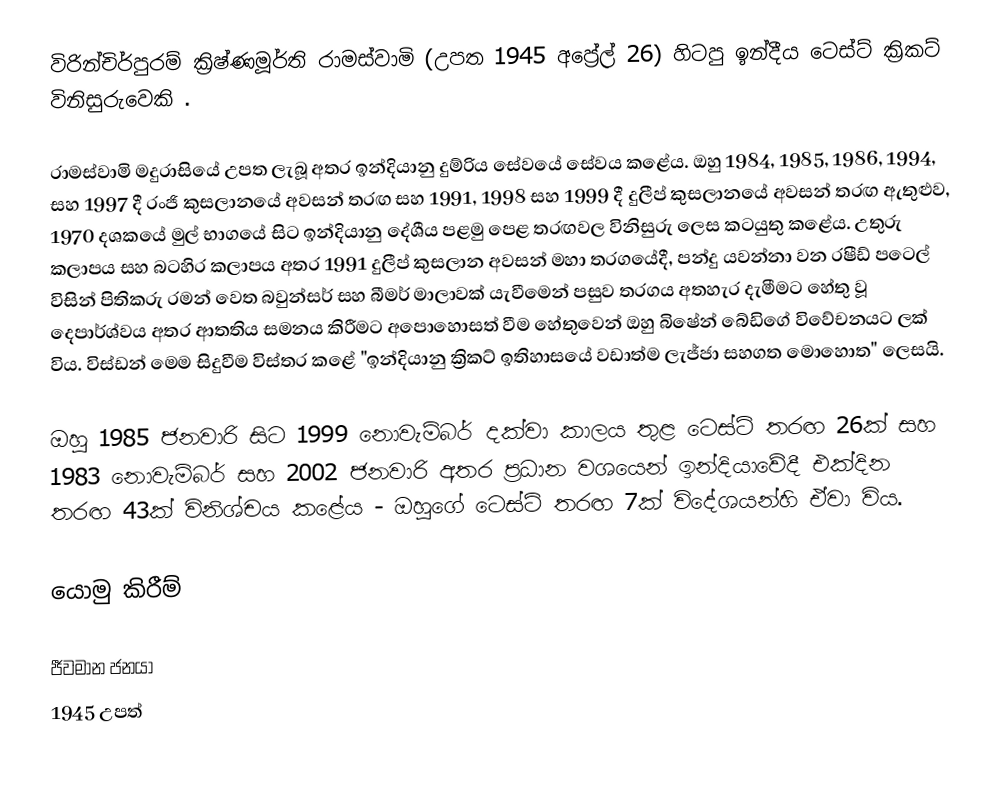
විරින්චිර්පුරම් ක්‍රිෂ්ණමූර්ති රාමස්වාමි (උපත 1945 අප්‍රේල් 26) හිටපු ඉන්දීය ටෙස්ට් ක්‍රිකට් විනිසුරුවෙකි .

රාමස්වාමි මදුරාසියේ උපත ලැබූ අතර ඉන්දියානු දුම්රිය සේවයේ සේවය කළේය. ඔහු 1984, 1985, 1986, 1994, සහ 1997 දී රංජි කුසලානයේ අවසන් තරඟ සහ 1991, 1998 සහ 1999 දී දුලීප් කුසලානයේ අවසන් තරඟ ඇතුළුව, 1970 දශකයේ මුල් භාගයේ සිට ඉන්දියානු දේශීය පළමු පෙළ තරඟවල විනිසුරු ලෙස කටයුතු කළේය. උතුරු කලාපය සහ බටහිර කලාපය අතර 1991 දුලීප් කුසලාන අවසන් මහා තරගයේදී, පන්දු යවන්නා වන රෂීඩ් පටෙල් විසින් පිතිකරු රමන් වෙත බවුන්සර් සහ බීමර් මාලාවක් යැවීමෙන් පසුව තරගය අතහැර දැමීමට හේතු වූ දෙපාර්ශ්වය අතර ආතතිය සමනය කිරීමට අපොහොසත් වීම හේතුවෙන් ඔහු බිෂේන් බේඩිගේ විවේචනයට ලක් විය. විස්ඩන් මෙම සිදුවීම විස්තර කළේ "ඉන්දියානු ක්‍රිකට් ඉතිහාසයේ වඩාත්ම ලැජ්ජා සහගත මොහොත" ලෙසයි.

ඔහු 1985 ජනවාරි සිට 1999 නොවැම්බර් දක්වා කාලය තුළ ටෙස්ට් තරඟ 26ක් සහ 1983 නොවැම්බර් සහ 2002 ජනවාරි අතර ප්‍රධාන වශයෙන් ඉන්දියාවේදී එක්දින තරඟ 43ක් විනිශ්චය කළේය - ඔහුගේ ටෙස්ට් තරඟ 7ක් විදේශයන්හි ඒවා විය.

යොමු කිරීම්

ජීවමාන ජනයා
1945 උපත්